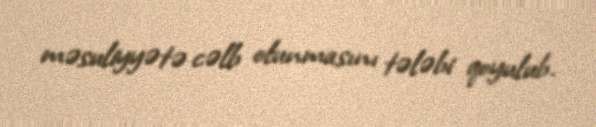
məsuliyyətə cəlb olunmasını tələbi qoyulub.